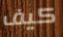
كيف